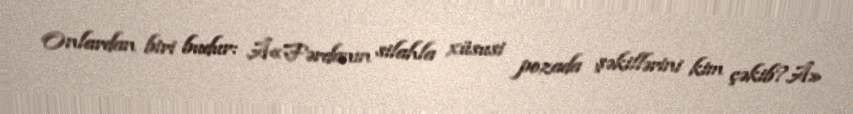
Onlardan biri budur: Â«Fərdanın silahla xüsusi pozada şəkillərini kim çəkib?Â»